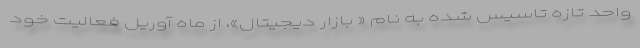
واحد تازه تاسیس شده به نام « بازار دیجیتال»، از ماه آوریل فعالیت خود